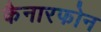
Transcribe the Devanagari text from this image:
कैनारफोन